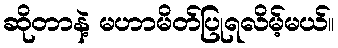
ဆိုတာနဲ့ မဟာမိတ်ပြုရလိမ့်မယ်။